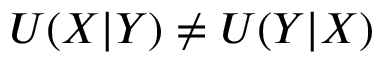
U ( X | Y ) \neq U ( Y | X )